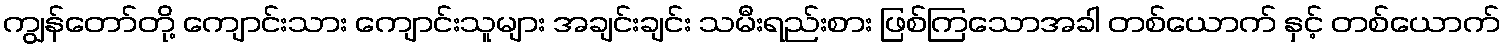
ကျွန်တော်တို့ ကျောင်းသား ကျောင်းသူများ အချင်းချင်း သမီးရည်းစား ဖြစ်ကြသောအခါ တစ်ယောက် နှင့် တစ်ယောက်